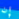
إن